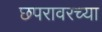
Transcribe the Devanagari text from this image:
छपरावरच्या